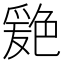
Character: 𦫦